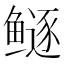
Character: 𱈏